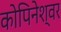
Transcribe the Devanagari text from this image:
कोपिनेश्वर